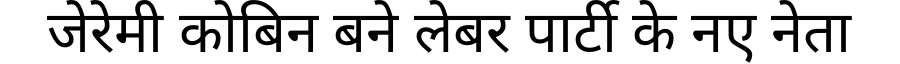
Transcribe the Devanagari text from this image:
जेरेमी कोबिन बने लेबर पार्टी के नए नेता